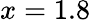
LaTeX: x=1.8